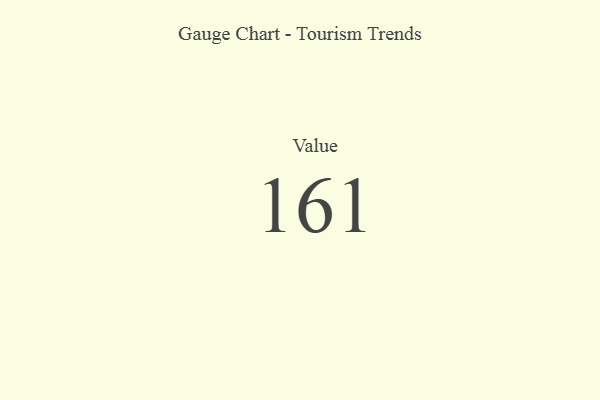
{"axis": {"x": "Metric", "y": "Value"}, "legend": [""], "data": [{"x": "Value", "y": 161, "type": ""}]}